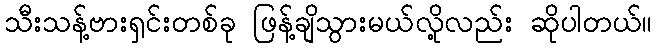
သီးသန့်ဗားရှင်းတစ်ခု ဖြန့်ချိသွားမယ်လို့လည်း ဆိုပါတယ်။